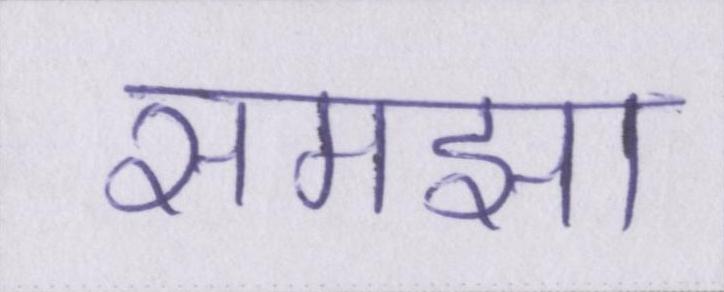
समझा